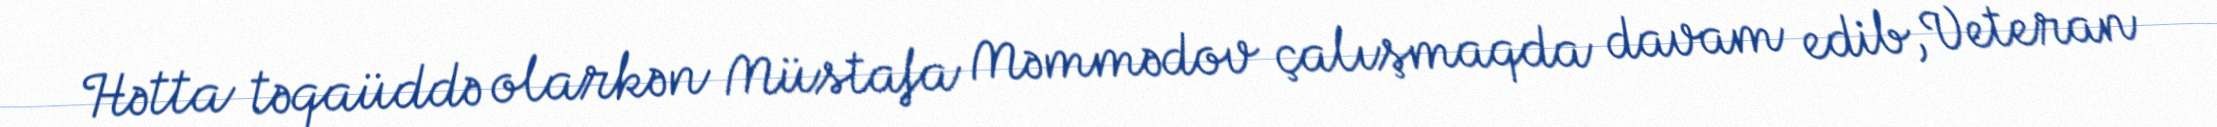
Hətta təqaüddə olarkən Müstafa Məmmədov çalışmaqda davam edib, Veteran